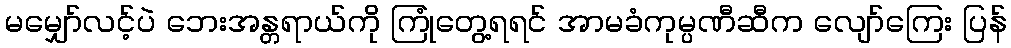
မမျှော်လင့်ပဲ ဘေးအန္တရာယ်ကို ကြုံတွေ့ရရင် အာမခံကုမ္ပဏီဆီက လျော်ကြေး ပြန်